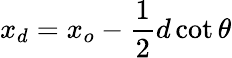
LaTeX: x_{d}=x_{o}-\frac{1}{2}d\cot{\theta}